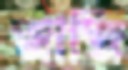
জাজি